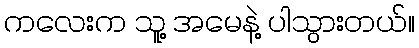
ကလေးက သူ့ အမေနဲ့ ပါသွားတယ်။